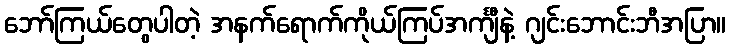
ဘော်ကြယ်တွေပါတဲ့ အနက်ရောက်ကိုယ်ကြပ်အင်္ကျီနဲ့ ဂျင်းဘောင်းဘီအပြာ။